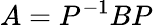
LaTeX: A=P^{-1}BP